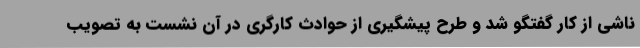
ناشی از کار گفتگو شد و طرح پیشگیری از حوادث کارگری در آن نشست به تصویب